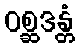
ဝစ္ဆဒန္တံ